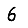
Digit: 6